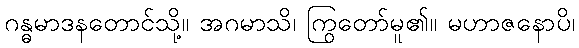
ဂန္ဓမာဒနတောင်သို့။ အဂမာသိ၊ ကြွတော်မူ၏။ မဟာဇနောပိ၊